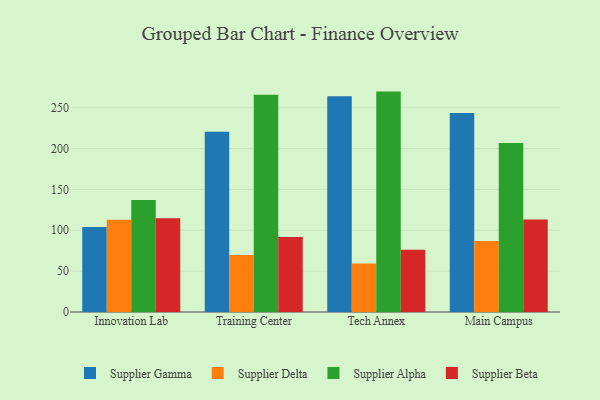
{"axis": {"x": "Campus", "y": "Waste Production (Tons)"}, "legend": ["Supplier Alpha", "Supplier Beta", "Supplier Delta", "Supplier Gamma"], "data": [{"x": "Innovation Lab", "y": 103.9, "type": "Supplier Gamma"}, {"x": "Innovation Lab", "y": 112.8, "type": "Supplier Delta"}, {"x": "Innovation Lab", "y": 137.0, "type": "Supplier Alpha"}, {"x": "Innovation Lab", "y": 114.8, "type": "Supplier Beta"}, {"x": "Training Center", "y": 220.5, "type": "Supplier Gamma"}, {"x": "Training Center", "y": 69.9, "type": "Supplier Delta"}, {"x": "Training Center", "y": 265.8, "type": "Supplier Alpha"}, {"x": "Training Center", "y": 91.9, "type": "Supplier Beta"}, {"x": "Tech Annex", "y": 263.9, "type": "Supplier Gamma"}, {"x": "Tech Annex", "y": 59.4, "type": "Supplier Delta"}, {"x": "Tech Annex", "y": 269.7, "type": "Supplier Alpha"}, {"x": "Tech Annex", "y": 76.2, "type": "Supplier Beta"}, {"x": "Main Campus", "y": 243.5, "type": "Supplier Gamma"}, {"x": "Main Campus", "y": 86.8, "type": "Supplier Delta"}, {"x": "Main Campus", "y": 206.8, "type": "Supplier Alpha"}, {"x": "Main Campus", "y": 113.3, "type": "Supplier Beta"}]}